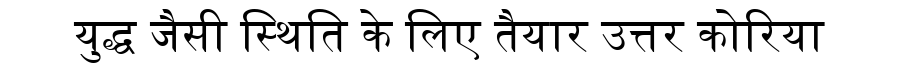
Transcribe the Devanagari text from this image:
युद्ध जैसी स्थिति के लिए तैयार उत्तर कोरिया